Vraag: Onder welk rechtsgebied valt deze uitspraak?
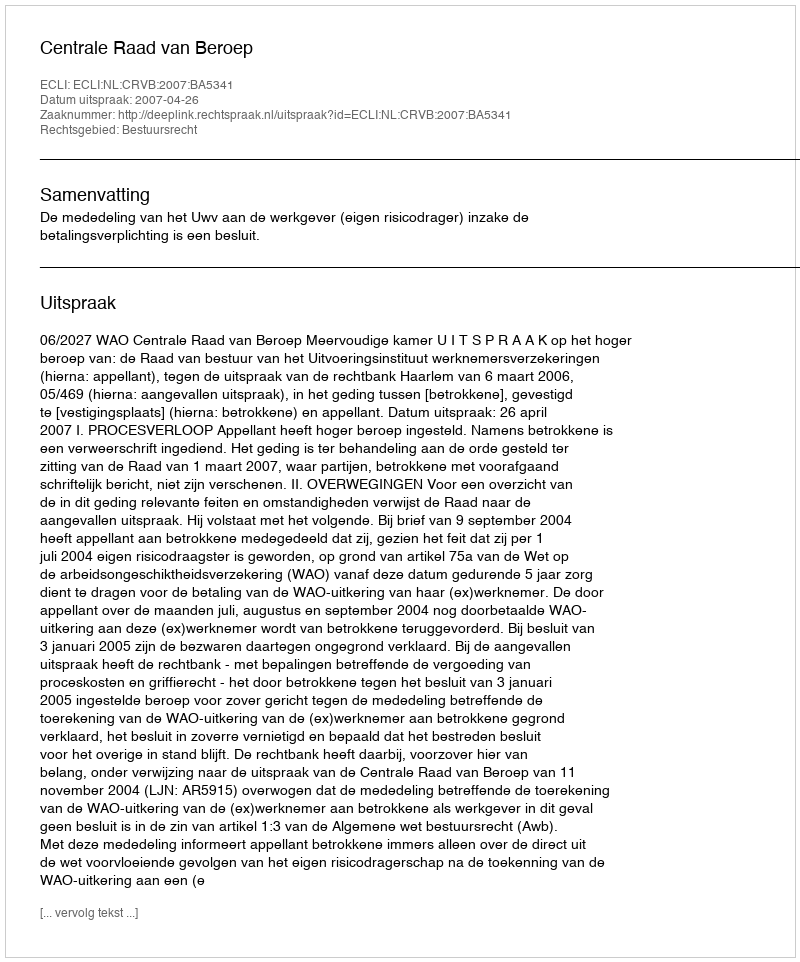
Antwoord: Bestuursrecht